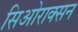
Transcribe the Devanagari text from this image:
सिओराक्सन